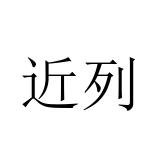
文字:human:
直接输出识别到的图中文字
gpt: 近列